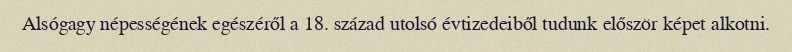
Alsógagy népességének egészéről a 18. század utolsó évtizedeiből tudunk először képet alkotni.